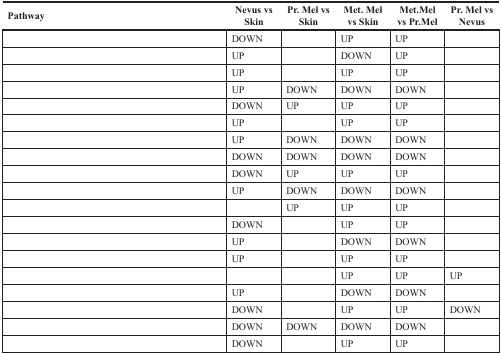
<table><thead><tr><td><b>Pathway</b></td><td><b>Nevus vs Skin</b></td><td><b>Pr. Mel vs Skin</b></td><td><b>Met. Mel vs Skin</b></td><td><b>Met. Mel vs Pr. Mel</b></td><td><b>Pr. Mel vs Nevus</b></td></tr></thead><tbody><tr><td>[EMPTY_CELL]</td><td>DOWN</td><td>[EMPTY_CELL]</td><td>UP</td><td>UP</td><td>[EMPTY_CELL]</td></tr><tr><td>[EMPTY_CELL]</td><td>UP</td><td>[EMPTY_CELL]</td><td>DOWN</td><td>UP</td><td>[EMPTY_CELL]</td></tr><tr><td>[EMPTY_CELL]</td><td>UP</td><td>[EMPTY_CELL]</td><td>UP</td><td>UP</td><td>[EMPTY_CELL]</td></tr><tr><td>[EMPTY_CELL]</td><td>UP</td><td>DOWN</td><td>DOWN</td><td>DOWN</td><td>[EMPTY_CELL]</td></tr><tr><td>[EMPTY_CELL]</td><td>DOWN</td><td>UP</td><td>UP</td><td>UP</td><td>[EMPTY_CELL]</td></tr><tr><td>[EMPTY_CELL]</td><td>UP</td><td>[EMPTY_CELL]</td><td>UP</td><td>UP</td><td>[EMPTY_CELL]</td></tr><tr><td>[EMPTY_CELL]</td><td>UP</td><td>DOWN</td><td>DOWN</td><td>DOWN</td><td>[EMPTY_CELL]</td></tr><tr><td>[EMPTY_CELL]</td><td>DOWN</td><td>DOWN</td><td>DOWN</td><td>DOWN</td><td>[EMPTY_CELL]</td></tr><tr><td>[EMPTY_CELL]</td><td>DOWN</td><td>UP</td><td>UP</td><td>UP</td><td>[EMPTY_CELL]</td></tr><tr><td>[EMPTY_CELL]</td><td>UP</td><td>DOWN</td><td>DOWN</td><td>DOWN</td><td>[EMPTY_CELL]</td></tr><tr><td>[EMPTY_CELL]</td><td>[EMPTY_CELL]</td><td>UP</td><td>UP</td><td>UP</td><td>[EMPTY_CELL]</td></tr><tr><td>[EMPTY_CELL]</td><td>DOWN</td><td>[EMPTY_CELL]</td><td>UP</td><td>UP</td><td>[EMPTY_CELL]</td></tr><tr><td>[EMPTY_CELL]</td><td>UP</td><td>[EMPTY_CELL]</td><td>DOWN</td><td>DOWN</td><td>[EMPTY_CELL]</td></tr><tr><td>[EMPTY_CELL]</td><td>UP</td><td>[EMPTY_CELL]</td><td>UP</td><td>UP</td><td>[EMPTY_CELL]</td></tr><tr><td>[EMPTY_CELL]</td><td>[EMPTY_CELL]</td><td>[EMPTY_CELL]</td><td>UP</td><td>UP</td><td>UP</td></tr><tr><td>[EMPTY_CELL]</td><td>UP</td><td>[EMPTY_CELL]</td><td>DOWN</td><td>DOWN</td><td>[EMPTY_CELL]</td></tr><tr><td>[EMPTY_CELL]</td><td>DOWN</td><td>[EMPTY_CELL]</td><td>UP</td><td>UP</td><td>DOWN</td></tr><tr><td>[EMPTY_CELL]</td><td>DOWN</td><td>DOWN</td><td>DOWN</td><td>DOWN</td><td>[EMPTY_CELL]</td></tr><tr><td>[EMPTY_CELL]</td><td>DOWN</td><td>[EMPTY_CELL]</td><td>UP</td><td>UP</td><td>[EMPTY_CELL]</td></tr></tbody></table>